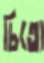
চিতো